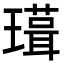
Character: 𭺃